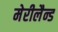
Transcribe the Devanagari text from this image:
मेरीलैन्ड